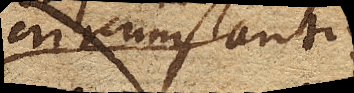
circumstantiis